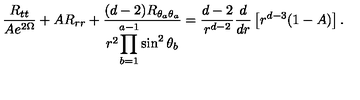
\frac { R _ { t t } } { A e ^ { 2 \Omega } } + A R _ { r r } + \frac { ( d - 2 ) R _ { \theta _ { a } \theta _ { a } } } { r ^ { 2 } \displaystyle { \prod _ { b = 1 } ^ { a - 1 } \sin ^ { 2 } \theta _ { b } } } = \frac { d - 2 } { r ^ { d - 2 } } \frac { d } { d r } \left[ r ^ { d - 3 } ( 1 - A ) \right] .